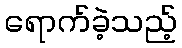
ရောက်ခဲ့သည့်